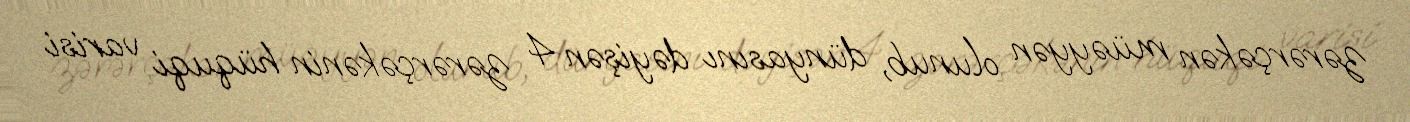
zərərçəkən müəyyən olunub, dünyasını dəyişən 4 zərərçəkənin hüquqi varisi